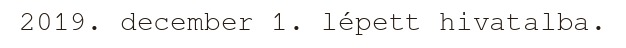
2019. december 1. lépett hivatalba.